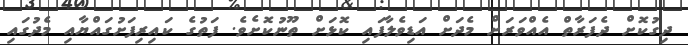
ދިގުކޮށް ދެފަރާތް އެއްވަރަށް މެދަށް އަޑިވެލާފައި ކޮޅަށް ތޫނުކޮށެވެ. ފަތުގެ ކައިރިފަށުގައްޔާއި މެދުގައި